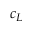
c _ { L }